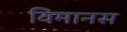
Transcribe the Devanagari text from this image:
विमानस